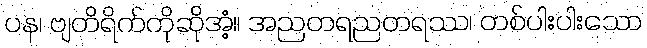
ပန၊ ဗျတိရိက်ကိုဆိုအံ့။ အညတရညတရဿ၊ တစ်ပါးပါးသော